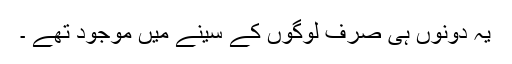
یہ دونوں‌ ہی صرف لوگوں کے سینے میں موجود تھے ۔